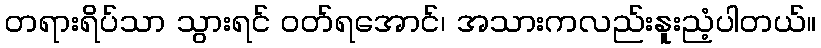
တရားရိပ်သာ သွားရင် ဝတ်ရအောင်၊ အသားကလည်းနူးညံ့ပါတယ်။